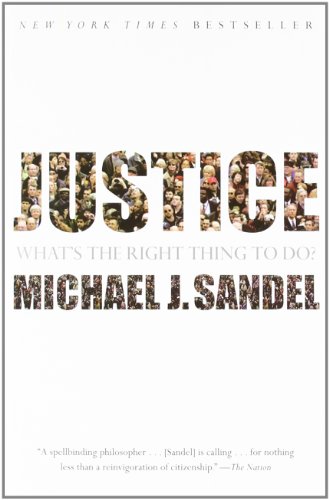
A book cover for Justice: What's the Right Thing to Do?; Michael J. Sandel; Politics & Social Sciences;